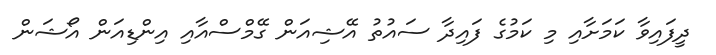
ދީފައިވާ ކަަމަށާއި މި ކަމުގެ ފައިދާ ސައުތު އޭޝިއަން ގޭމްސްއާއި އިންޑިއަން އޯޝަން